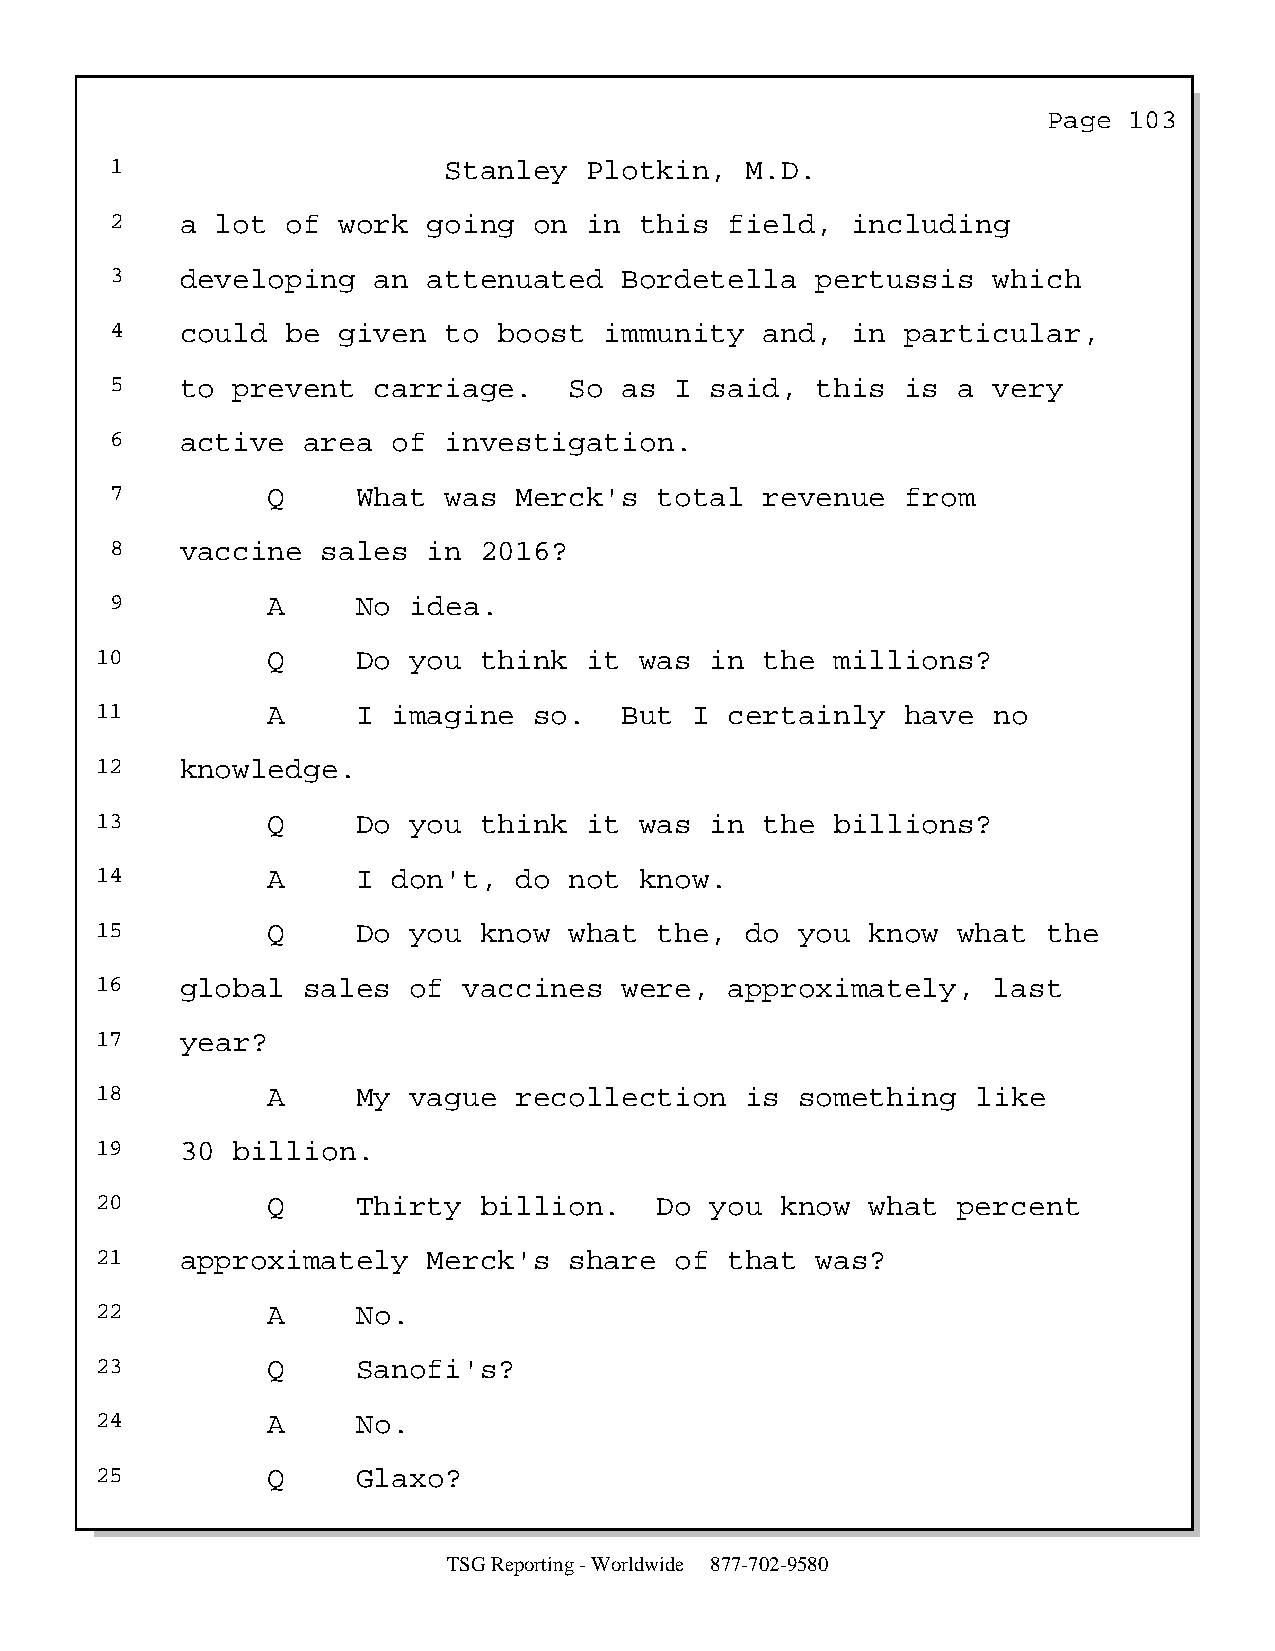
Page  103
 1                     Stanley   Plotkin,  M.D.
 2    a lot  of work  going  on  in this  field,  including
 3    developing   an attenuated   Bordetella   pertussis   which
 4    could  be given  to  boost  immunity   and, in  particular,
 5    to prevent   carriage.    So as  I said,  this  is a  very
 6    active  area  of investigation.
 7          Q     What was  Merck's   total  revenue  from
 8    vaccine  sales  in  2016?
 9          A     No idea.
 10          Q     Do you  think  it was  in  the millions?
 11          A     I imagine  so.   But  I certainly   have  no
 12    knowledge.
 13          Q     Do you  think  it was  in  the billions?
 14          A     I don't,  do  not know.
 15          Q     Do you  know  what  the, do  you  know what  the
 16    global  sales  of  vaccines  were,  approximately,    last
 17    year?
 18          A     My vague  recollection   is  something   like
 19    30 billion.
 20          Q     Thirty  billion.    Do you  know  what percent
 21    approximately   Merck's   share  of that  was?
 22          A     No.
 23          Q     Sanofi's?
 24          A     No.
 25          Q     Glaxo?
 TSG Reporting - Worldwide 877-702-9580